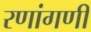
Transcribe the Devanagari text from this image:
रणांगणीं